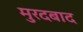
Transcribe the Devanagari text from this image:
मुरदबाद